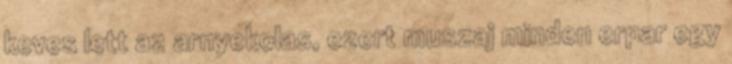
keves lett az arnyekolas, ezert muszaj minden erpar egy